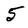
Character: 5